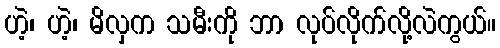
ဟဲ့၊ ဟဲ့၊ မိလှက သမီးကို ဘာ လုပ်လိုက်လို့လဲကွယ်။